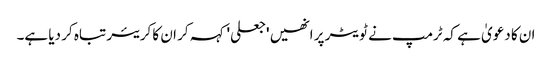
ان کا دعویٰ ہے کہ ٹرمپ نے ٹویٹر پر انھیں 'جعلی' کہہ کر ان کا کریئر تباہ کر دیا ہے۔